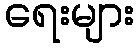
ရေးများ